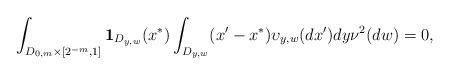
LaTeX: \begin{align*}\int_{D_{0,m}\times [2^{-m},1]}{\bf 1}_{D_{y,w}}(x^{*})\int_{D_{y,w}}(x'-x^{*})\upsilon_{y,w}(dx')dy\nu^2(dw)=0,\end{align*}